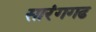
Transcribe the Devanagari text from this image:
सारंगगढ